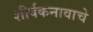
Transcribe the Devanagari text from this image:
शीर्षकनावाचे